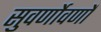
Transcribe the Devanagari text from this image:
सुवर्णोवर्णो